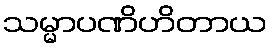
သမ္မာပဏိဟိတာယ